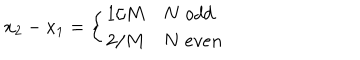
x _ { 2 } - x _ { 1 } = \left\{ \begin{array} { c l } { { 1 / M } } & { { N \; o d d } } \\ { { 2 / M } } & { { N \; e v e n } } \\ \end{array} \right.